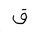
Letter: _qaf